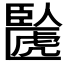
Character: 𫇉